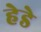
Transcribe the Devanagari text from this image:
हेडे